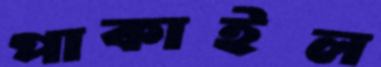
পাকাইল